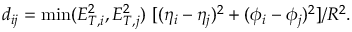
d _ { i j } = \operatorname * { m i n } ( E _ { T , i } ^ { 2 } , E _ { T , j } ^ { 2 } ) \ [ ( \eta _ { i } - \eta _ { j } ) ^ { 2 } + ( \phi _ { i } - \phi _ { j } ) ^ { 2 } ] / R ^ { 2 } .